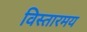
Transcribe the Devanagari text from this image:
विस्तारमय